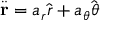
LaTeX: { \ddot { \mathbf { r } } } = a _ { r } { \hat { \boldsymbol { r } } } + a _ { \theta } { \hat { \boldsymbol { \theta } } }